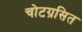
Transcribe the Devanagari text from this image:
चोटग्रसित